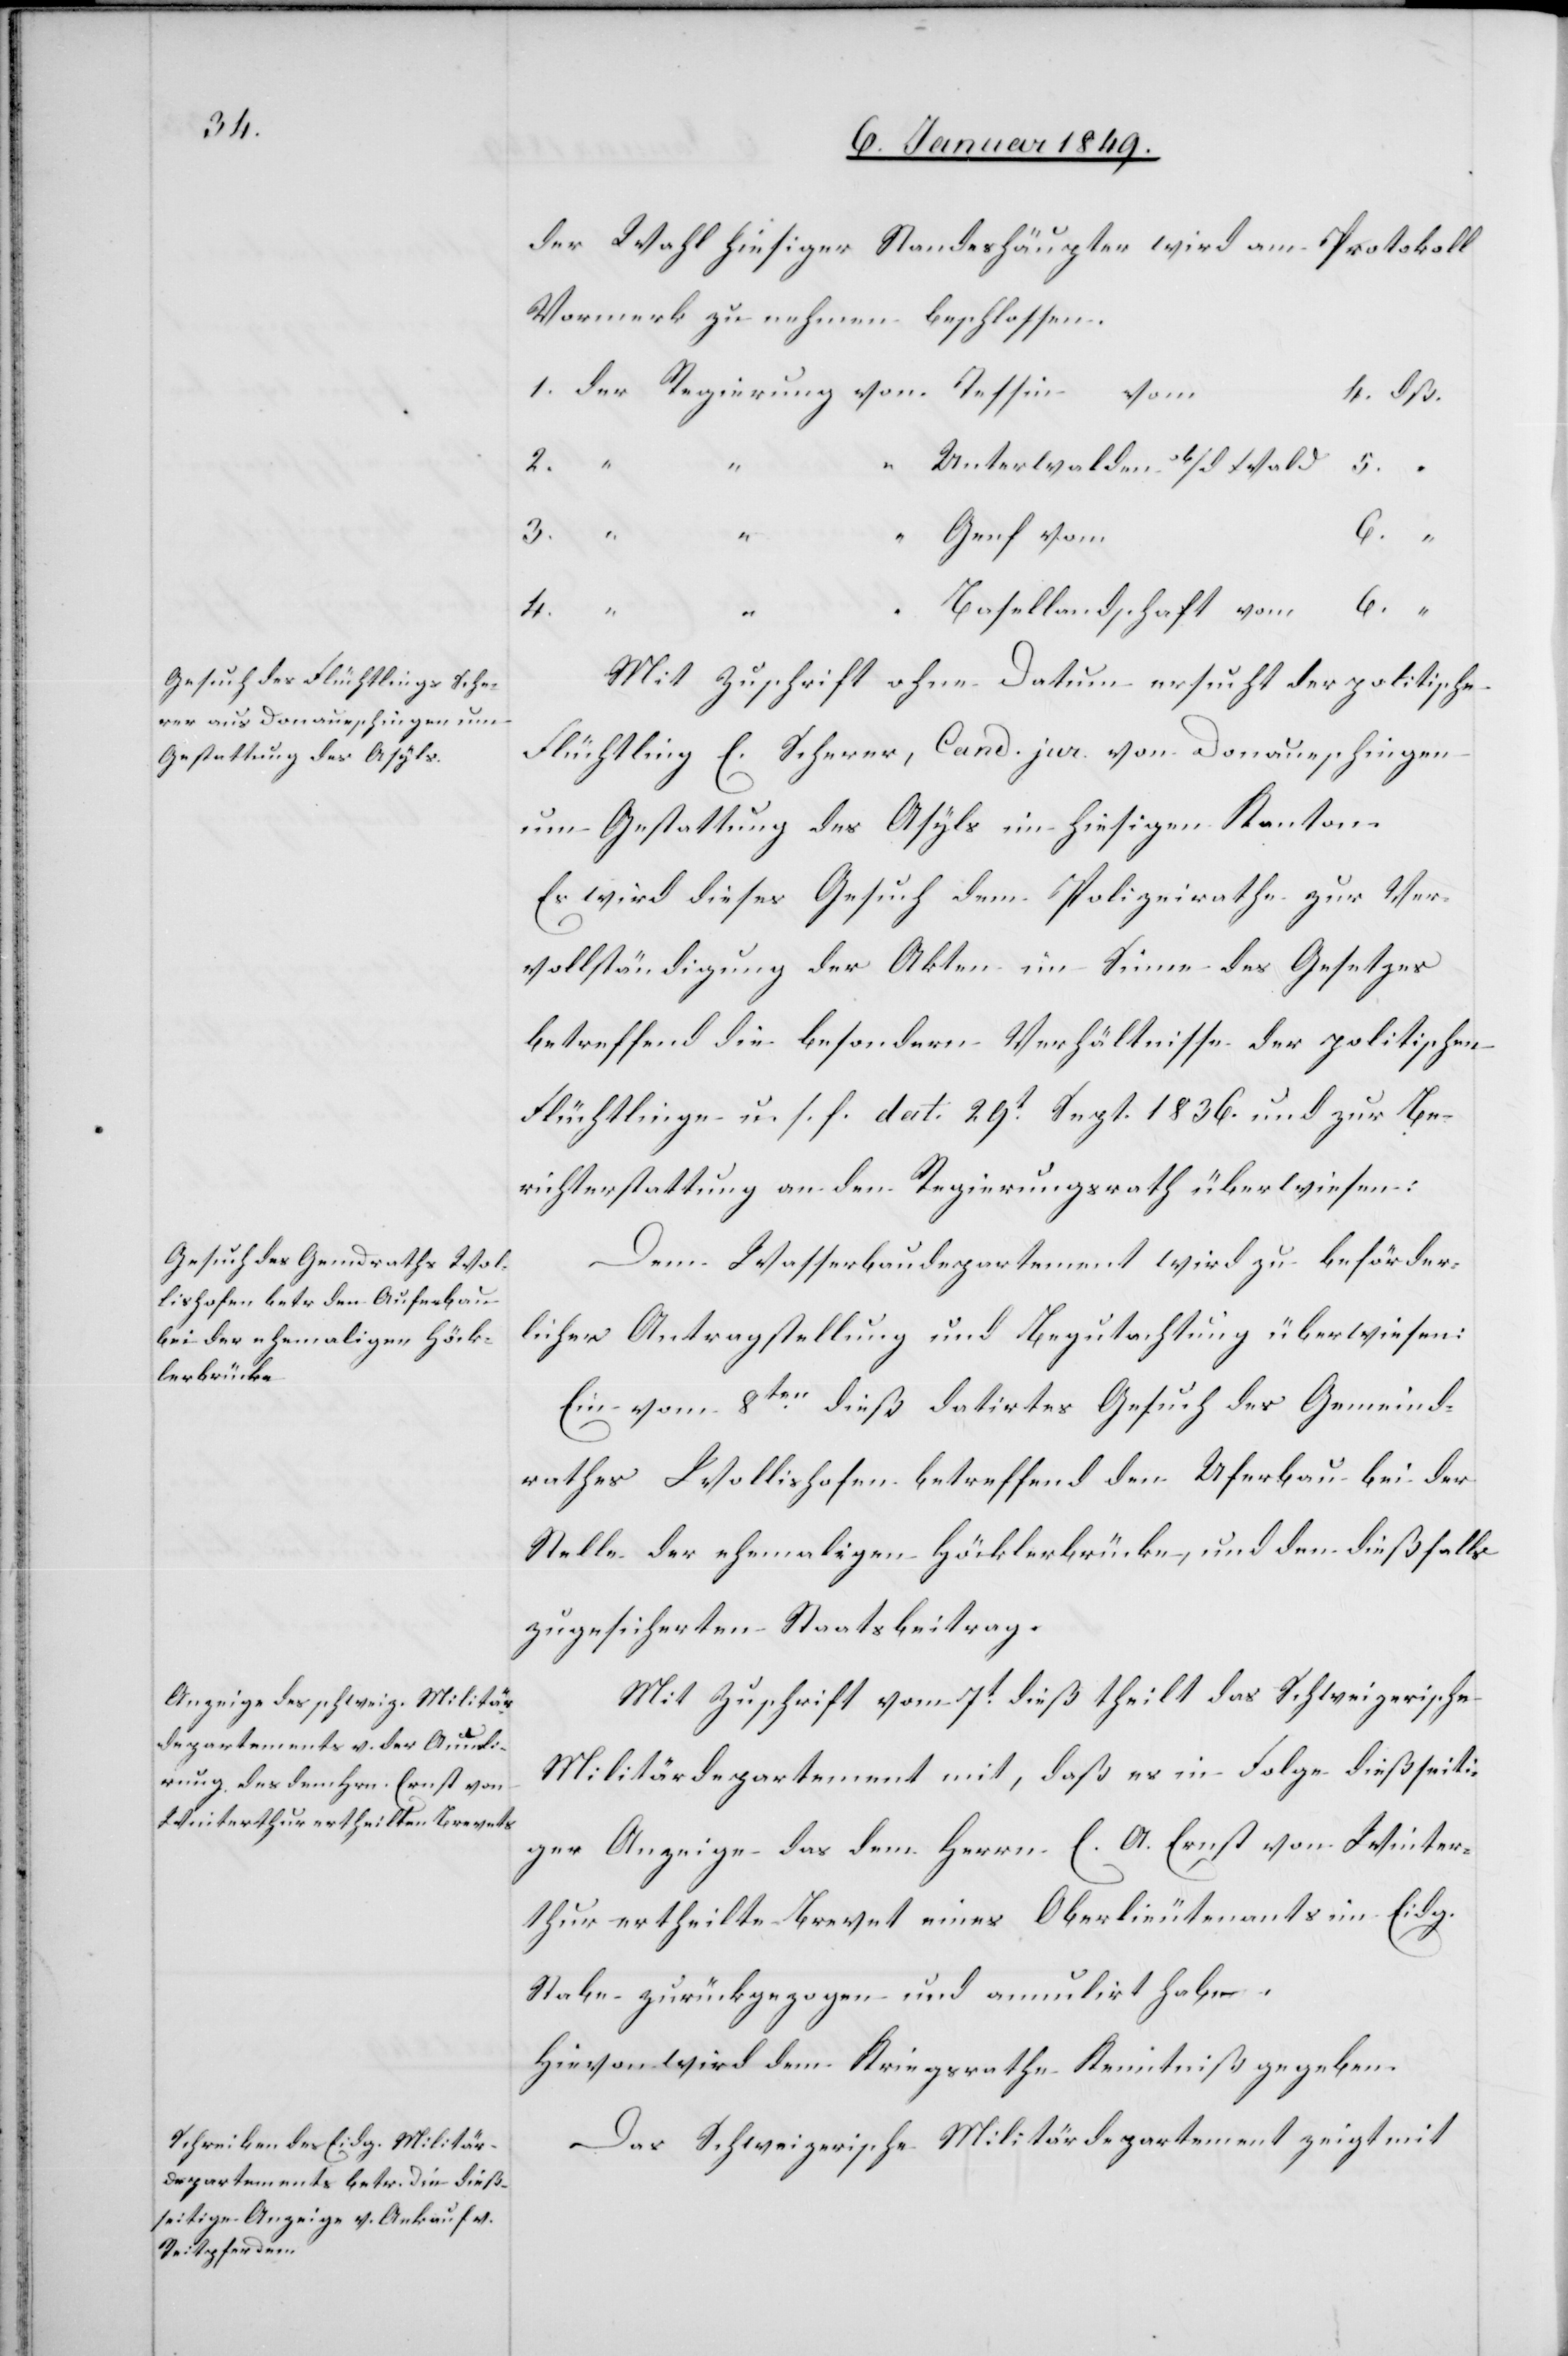
10. Januar 1849.]
der Wahl hiesiger Standeshäupter wird am Protokoll
Vormerk zu nehmen beschlossen:
4. dß.
2. “
Unterwalden ob/d Wald
5.
3.
Genf vom
6. “
Basellandschaft vom
1.
Mit Zuschrift ohne Datum ersucht der politische
Flüchtling E. Scherer, Cand. jur. von Donaueschingen
um Gestattung des Asyls im hiesigen Kanton.
Es wird dieses Gesuch dem Polizeirathe zur Ver¬
vollständigung der Akten im Sinne des Gesetzes
betreffend die besondern Verhältnisse der politischen
Flüchlinge u. s. f. dat. 29t. Sept. 1836. und zur Be¬
richterstattung an den Regierungsrath überwiesen:
Dem Wasserbaudepartement wird zu beförder¬
licher Antragstellung und Begutachtung überwiesen:
Ein vom 8ten. dieß datirtes Gesuch des Gemeind¬
rathes Wollishofen betreffend den Uferbau bei der
Stelle der ehemaligen Höcklerbrücke, und den dießfalls
zugesicherten Staatsbeitrag.
Mit Zuschrift vom 7ten. dieß theilt das Schweizerische
Militärdepartement mit, daß es in Folge dießseiti¬
ger Anzeige das dem Herrn E. Ao. Ernst von Winter¬
thur ertheilte Brevet eines Oberlieutenants im Eidg.
Stabe zurückgezogen und annulirt habe.
Hievon wird dem Kriegsrathe Kenntniß gegeben.
Das Schweizerische Militärdepartement zeigt mit